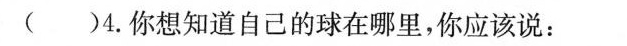
( )4.你想知道自己的球在哪里,你应该说: